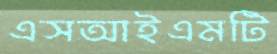
এসআইএমটি